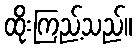
ထိုးကြည့်သည်။